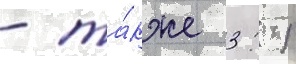
- та́кже 3: 1